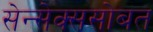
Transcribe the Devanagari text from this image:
सेन्सेक्ससोबत